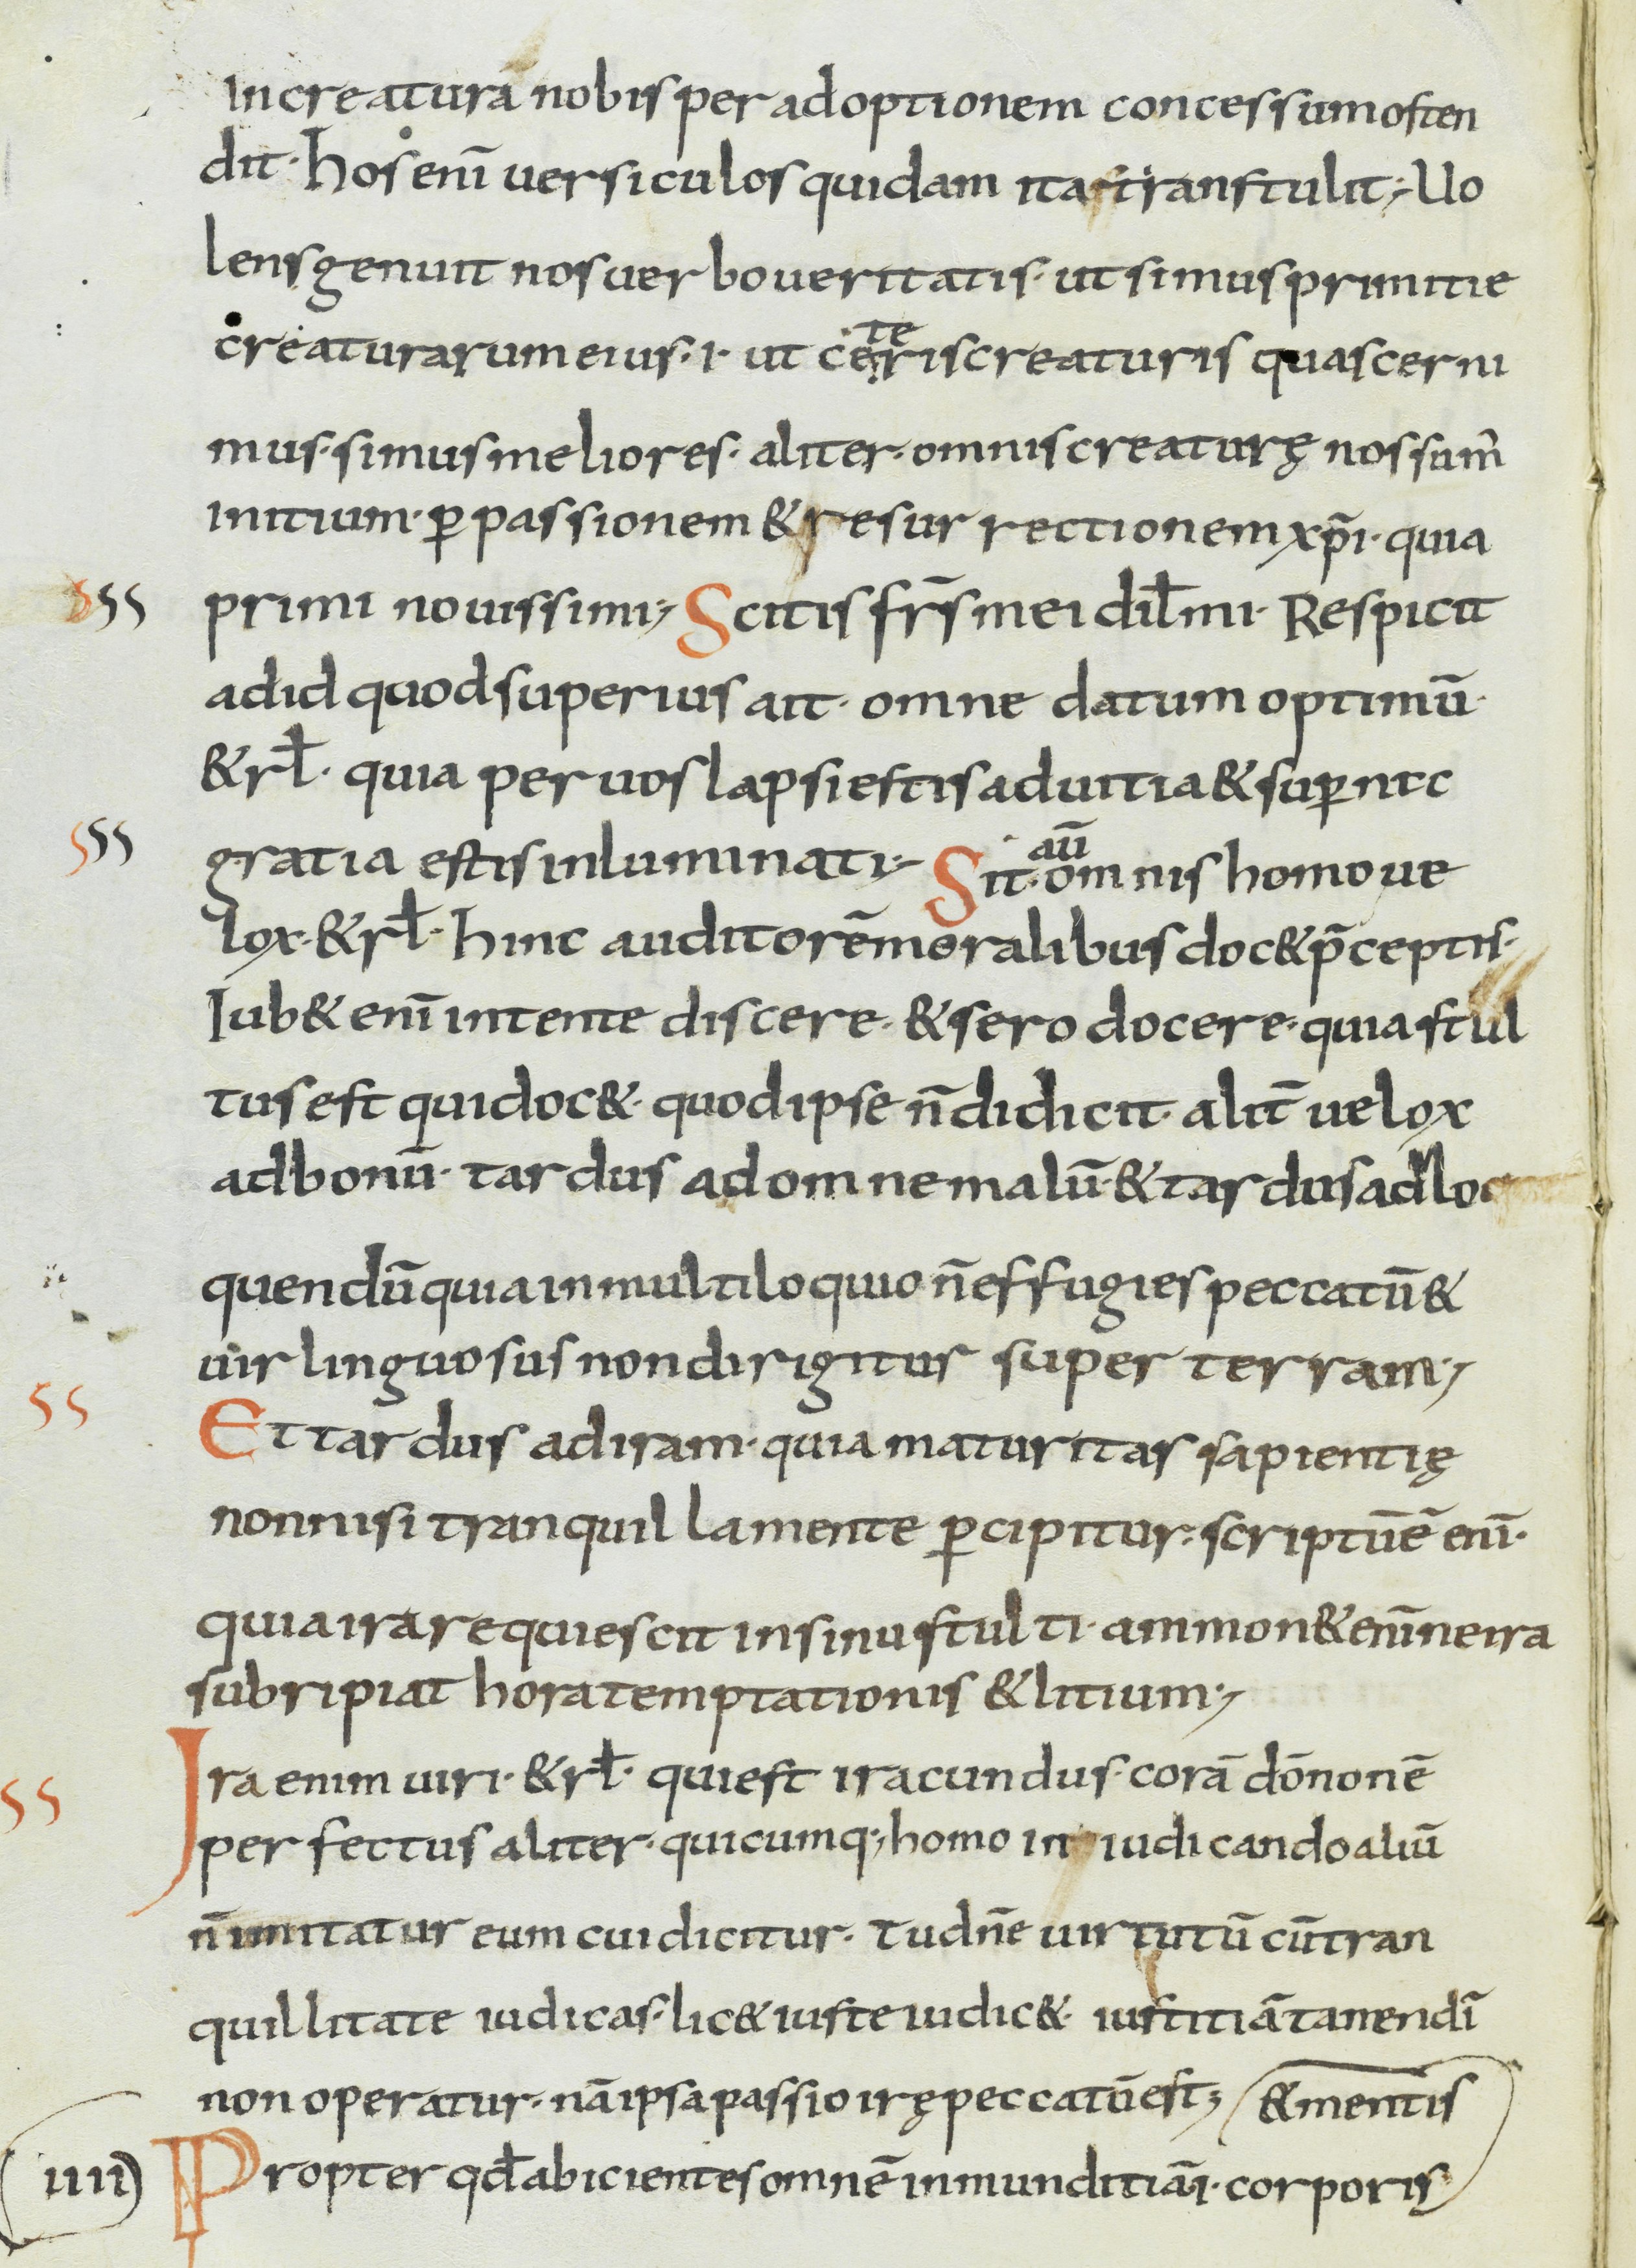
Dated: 800–899